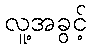
လူ့အခွင့်